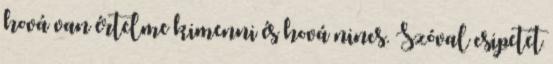
hová van értelme kimenni és hová nincs. Szóval csipetet